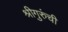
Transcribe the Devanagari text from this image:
श्रीगुरुंंची